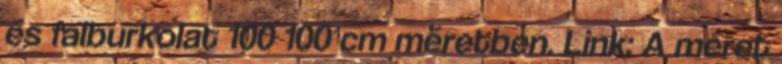
és falburkolat 100 100 cm méretben. Link: A méret